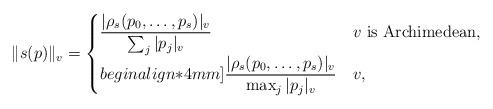
LaTeX: \begin{align*} \|s(p)\|_{v}=\begin{cases}\displaystyle{\frac{|\rho_{s}(p_{0},\dots, p_{s})|_{v}}{\sum_{j}|p_{j}|_{v}}} & v \text{ is Archimedean}, \\begin{align*}4mm]\displaystyle{\frac{|\rho_{s}(p_{0},\dots, p_{s})|_{v}}{\max_{j}|p_{j}|_{v}}} & v , \end{cases}\end{align*}